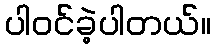
ပါ၀င်ခဲ့ပါတယ်။